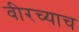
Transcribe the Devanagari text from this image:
वीरच्याच